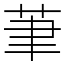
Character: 茟